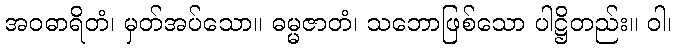
အဝဓာရိတံ၊ မှတ်အပ်သော။ ဓမ္မဇာတံ၊ သဘောဖြစ်သော ပါဋ္ဌိတည်း။ ဝါ၊